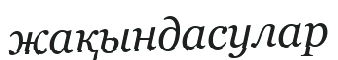
жақындасулар